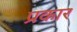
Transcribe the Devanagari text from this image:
प्रकार